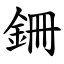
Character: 銏